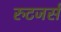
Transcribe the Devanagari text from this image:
रुटजर्स